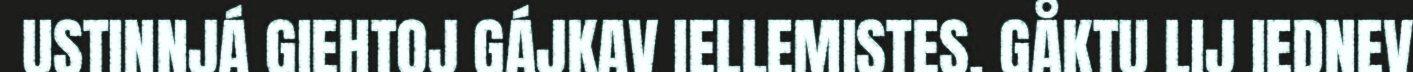
USTINNJÁ GIEHTOJ GÁJKAV IELLEMISTES. GÅKTU LIJ IEDNEV